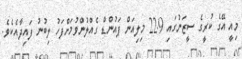
މިއީ އޭގެ ކުރީގެ ސީޒަނުގައި 22.9 މިލިއަން ޕައުންޑް ގެއްލުންވުމަށްފަހު ލިބުނު ފައިދާއެކެވެ.